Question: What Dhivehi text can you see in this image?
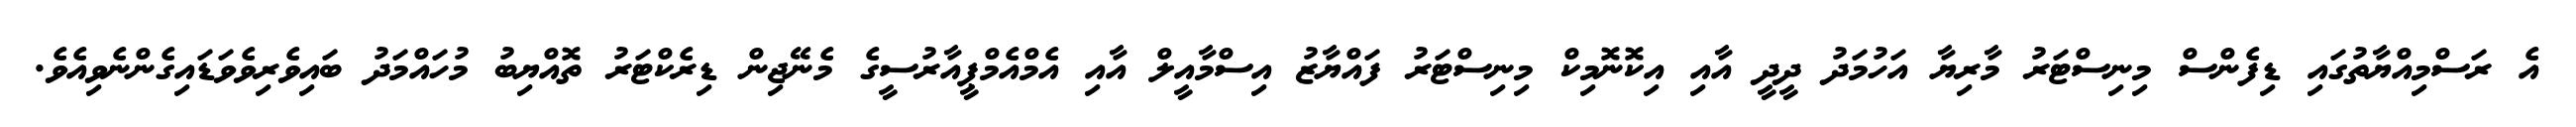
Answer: އެ ރަސްމިއްޔާތުގައި ޑިފެންސް މިނިސްޓަރު މާރިޔާ އަހުމަދު ދީދީ އާއި އިކޮނޮމިކް މިނިސްޓަރު ފައްޔާޒު އިސްމާއީލް އާއި އެމްއެމްޕީއާރުސީގެ މެނޭޖިން ޑިރެކްޓަރު ތޮއްޔިބު މުހައްމަދު ބައިވެރިވެވަޑައިގެންނެވިއެވެ.